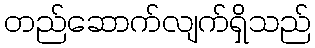
တည်ဆောက်လျက်ရှိသည်